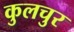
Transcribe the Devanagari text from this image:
कुलचुर